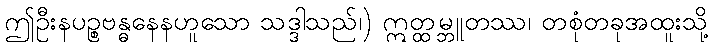
ဤဦးနပဉ္စဗန္ဓနေနဟူသော သဒ္ဒါသည်၊) ဣတ္ထမ္ဘူတဿ၊ တစုံတခုအထူးသို့